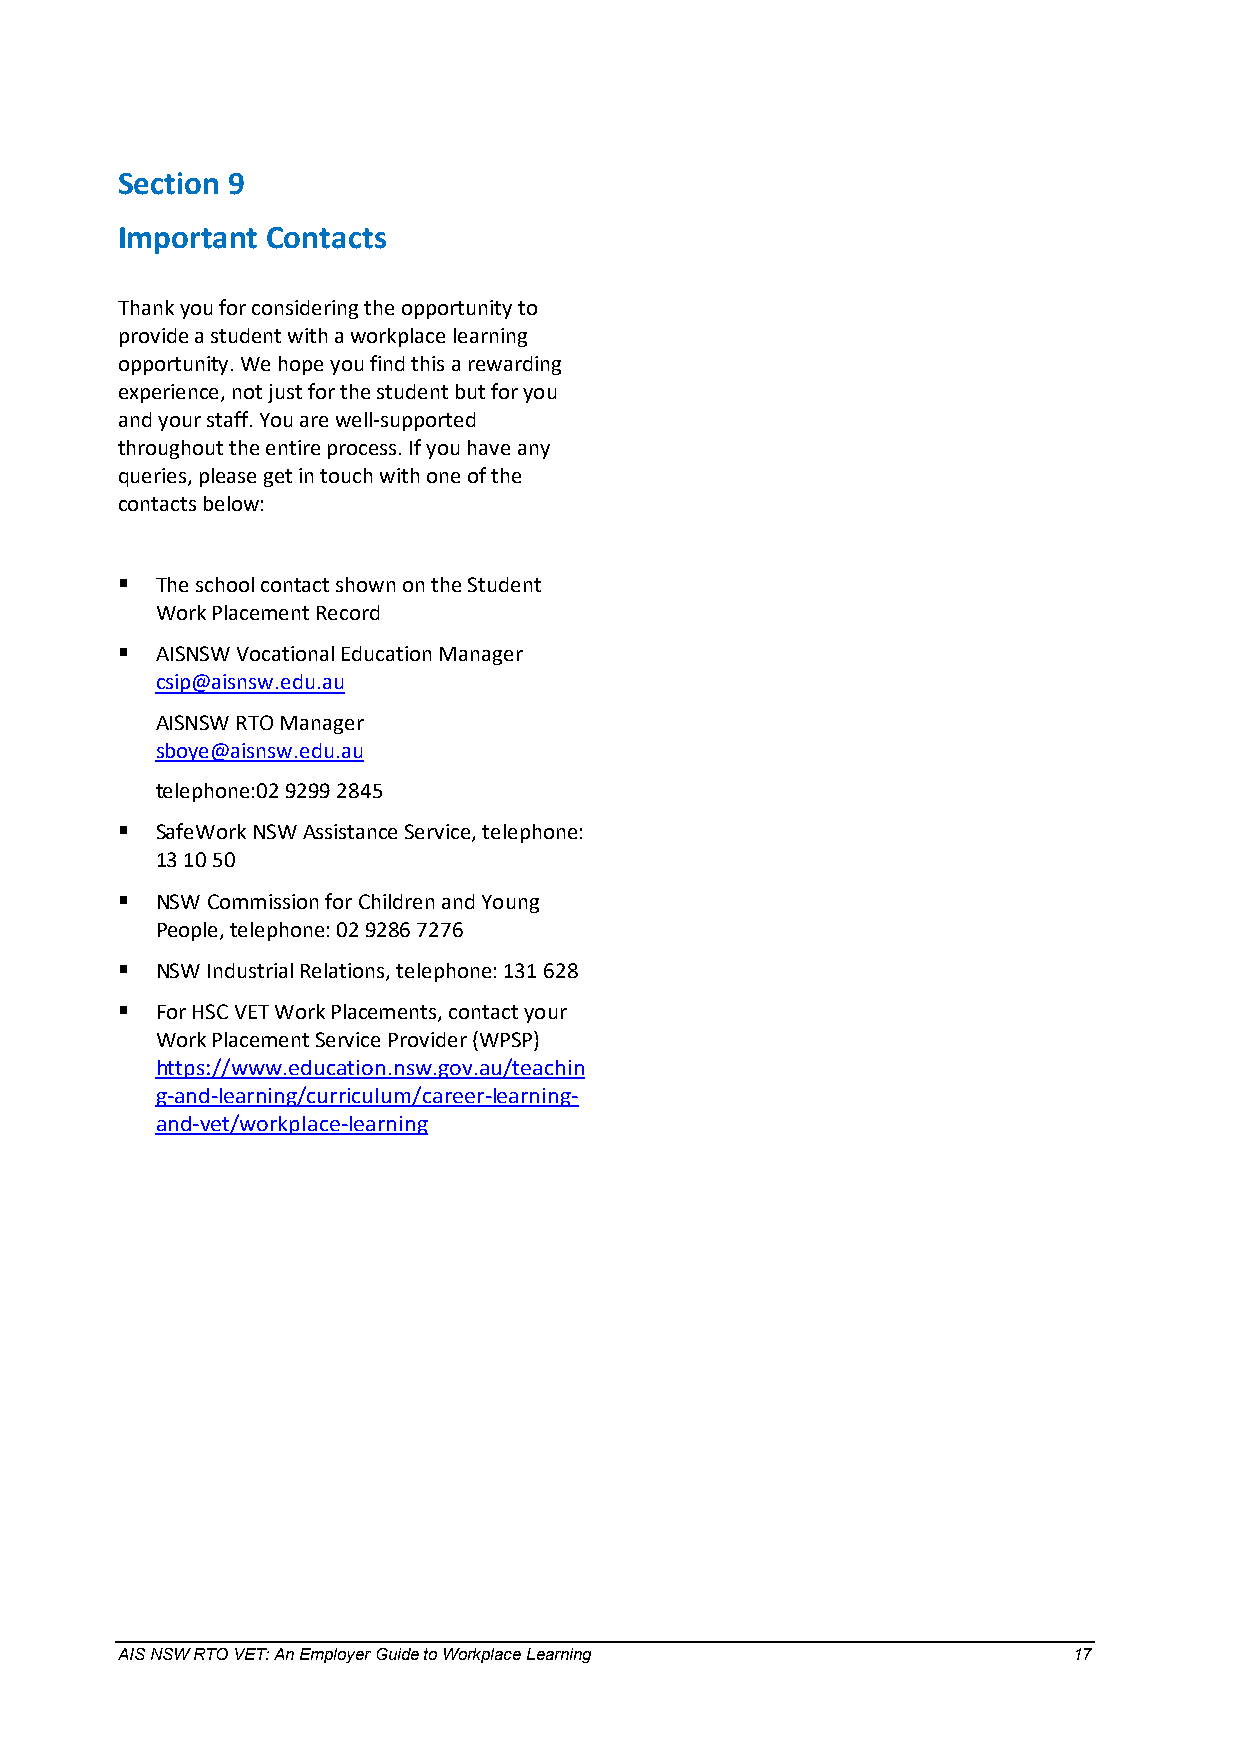
Section 9
 Important Contacts
 Thank you for considering the opportunity to
 provide a student with a workplace learning
 opportunity. We hope you find this a rewarding
 experience, not just for the student but for you
 and your staff. You are well-supported
 throughout the entire process. If you have any
 queries, please get in touch with one of the
 contacts below:
  The school contact shown on the Student
 Work Placement Record
  AISNSW Vocational Education Manager
 csip@aisnsw.edu.au
 AISNSW RTO Manager
 sboye@aisnsw.edu.au
 telephone:02 9299 2845
  SafeWork NSW Assistance Service, telephone:
 13 10 50
  NSW Commission for Children and Young
 People, telephone: 02 9286 7276
  NSW Industrial Relations, telephone: 131 628
  For HSC VET Work Placements, contact your
 Work Placement Service Provider (WPSP)
 https://www.education.nsw.gov.au/teachin
 g-and-learning/curriculum/career-learning-
 and-vet/workplace-learning
 AIS NSW RTO VET: An Employer Guide to Workplace Learning       17